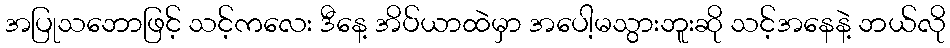
အပြုသဘောဖြင့် သင့်ကလေး ဒီနေ့ အိပ်ယာထဲမှာ အပေါ့မသွားဘူးဆို သင့်အနေနဲ့ ဘယ်လို